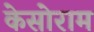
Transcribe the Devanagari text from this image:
केसोराम